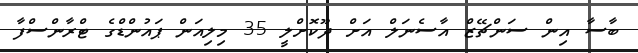
ބާސާ އިން ސަންޗޭޒް އާސެނަލް އަށް ދޫކޮށްލީ 35 މިލިއަން ޕައުންޑްގެ ޓްރާންސްފާ